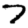
Digit: 7